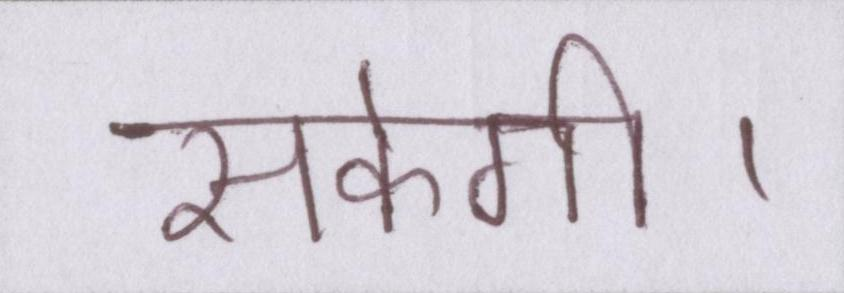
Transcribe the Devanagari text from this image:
सकेगी।